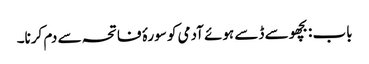
باب : بچھو سے ڈسے ہوئے آدمی کو سورۂ فاتحہ سے دم کرنا۔